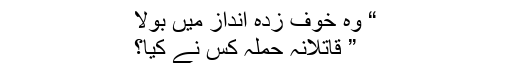
“ وہ خوف زدہ انداز میں بولا
” قاتلانہ حملہ کس نے کیا؟